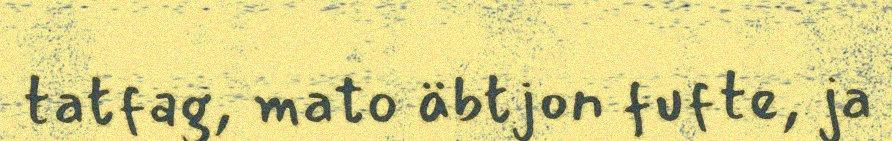
tatfag, mato äbtjon fufte, ja